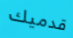
قدميك